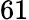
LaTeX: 61